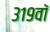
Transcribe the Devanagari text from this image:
३१९वॉ